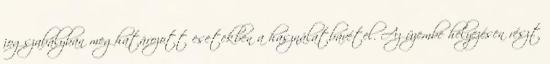
jogszabályban meghatározott esetekben a használatbavétel. Az üzembe helyezésen részt